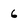
Character: 6